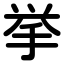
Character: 挙